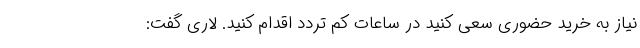
نیاز به خرید حضوری سعی کنید در ساعات کم تردد اقدام کنید. لاری گفت: